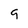
Character: 9